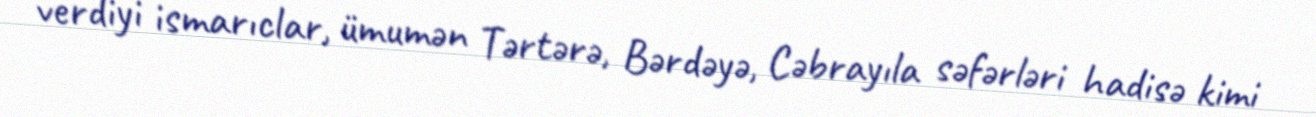
verdiyi ismarıclar, ümumən Tərtərə, Bərdəyə, Cəbrayıla səfərləri hadisə kimi